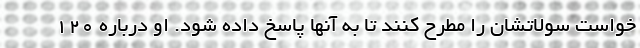
خواست سولاتشان را مطرح کنند تا به آنها پاسخ داده شود. او درباره ۱۲۰